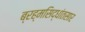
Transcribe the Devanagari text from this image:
ब्रह्मसिद्धांतसार